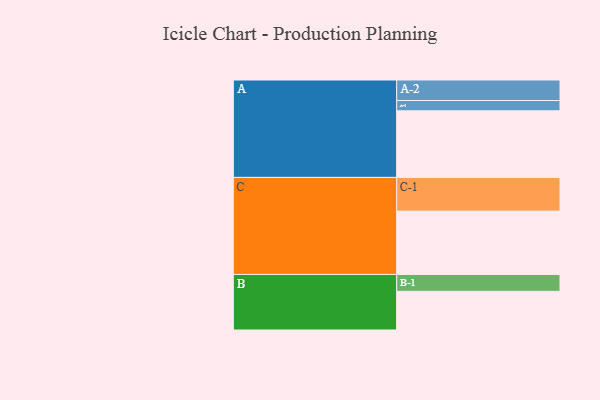
{"axis": {"x": "Segment", "y": "Value"}, "legend": ["", "A", "B", "C"], "data": [{"x": "A", "y": 555, "type": ""}, {"x": "B", "y": 322, "type": ""}, {"x": "C", "y": 528, "type": ""}, {"x": "A-1", "y": 86, "type": "A"}, {"x": "A-2", "y": 171, "type": "A"}, {"x": "B-1", "y": 141, "type": "B"}, {"x": "C-1", "y": 281, "type": "C"}]}